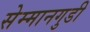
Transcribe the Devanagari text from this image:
सेम्मानगुडी